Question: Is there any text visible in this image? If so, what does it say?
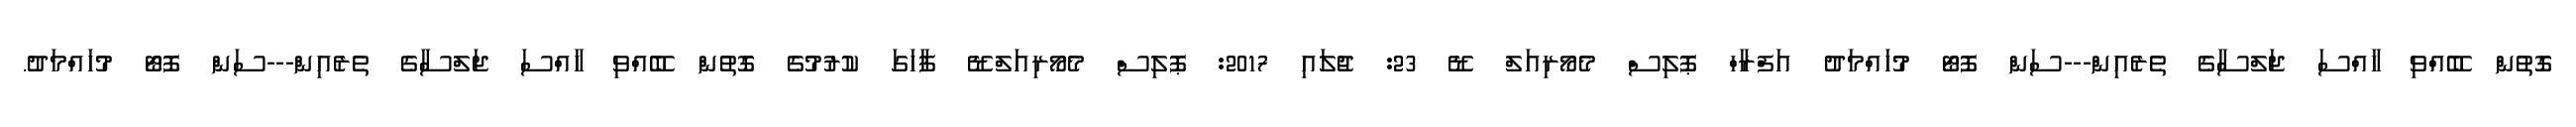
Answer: ގޮތުން ބޭއްވި ހާއްސަ ޖަލްސާގެ ތެރެއިން---ސަން ފޮޓޯ މުހައްމަދު އަފްރާހް ޕޮލިސް މެމޯރިއަލް ޑޭ 23: ޖުލައި 2017: ޕޮލިސް މެމޯރިއަލްޑޭ ފާހަގަ ކުރުމުގެ ގޮތުން ބޭއްވި ހާއްސަ ޖަލްސާގެ ތެރެއިން---ސަން ފޮޓޯ މުހައްމަދު.